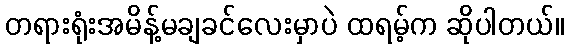
တရားရုံးအမိန့်မချခင်လေးမှာပဲ ထရမ့်က ဆိုပါတယ်။